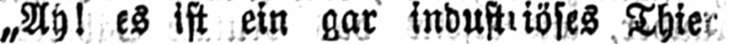
Thier